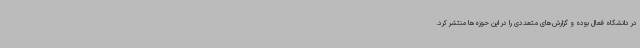
در دانشگاه فعال بوده و گزارش‌های متعددی را در این حوزه‌ها منتشر کرد.